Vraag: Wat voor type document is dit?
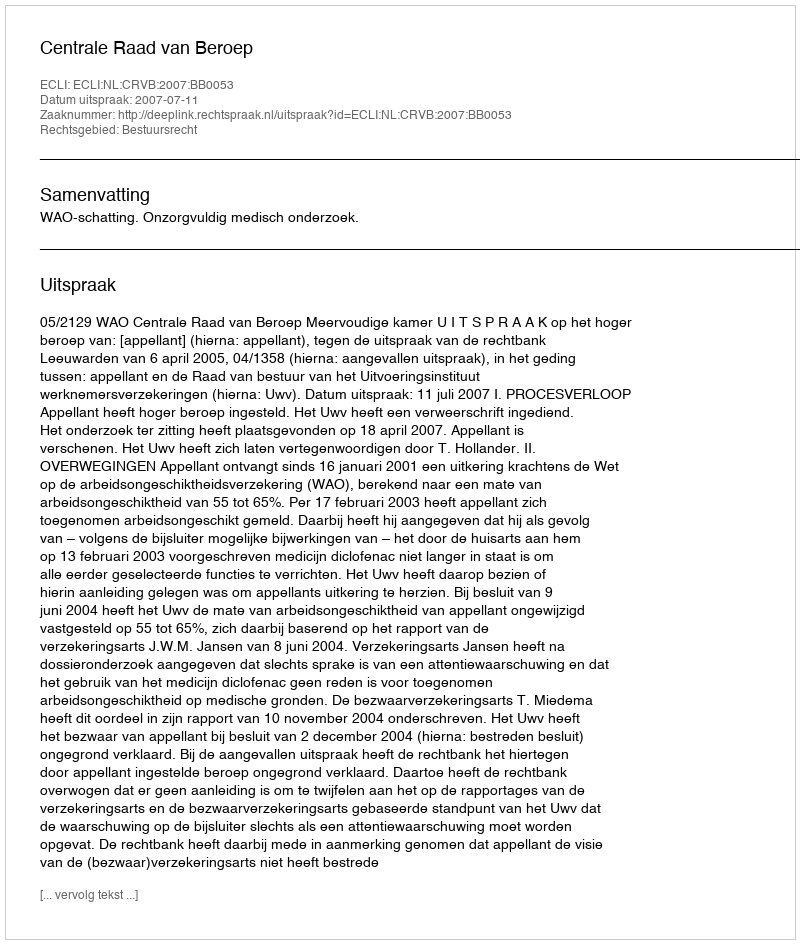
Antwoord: Uitspraak